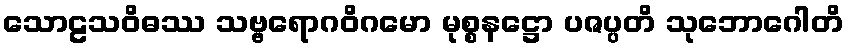
သောဠသဝိဓဿ သဗ္ဗရောဂဝိဂမော မုစ္စနဋ္ဌော ပဇပ္ပတိ သုဘောဂေါတိ